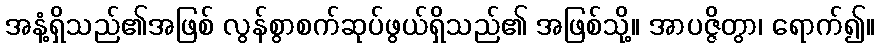
အနံ့ရှိသည်၏အဖြစ် လွန်စွာစက်ဆုပ်ဖွယ်ရှိသည်၏ အဖြစ်သို့။ အာပဇ္ဇိတွာ၊ ရောက်၍။